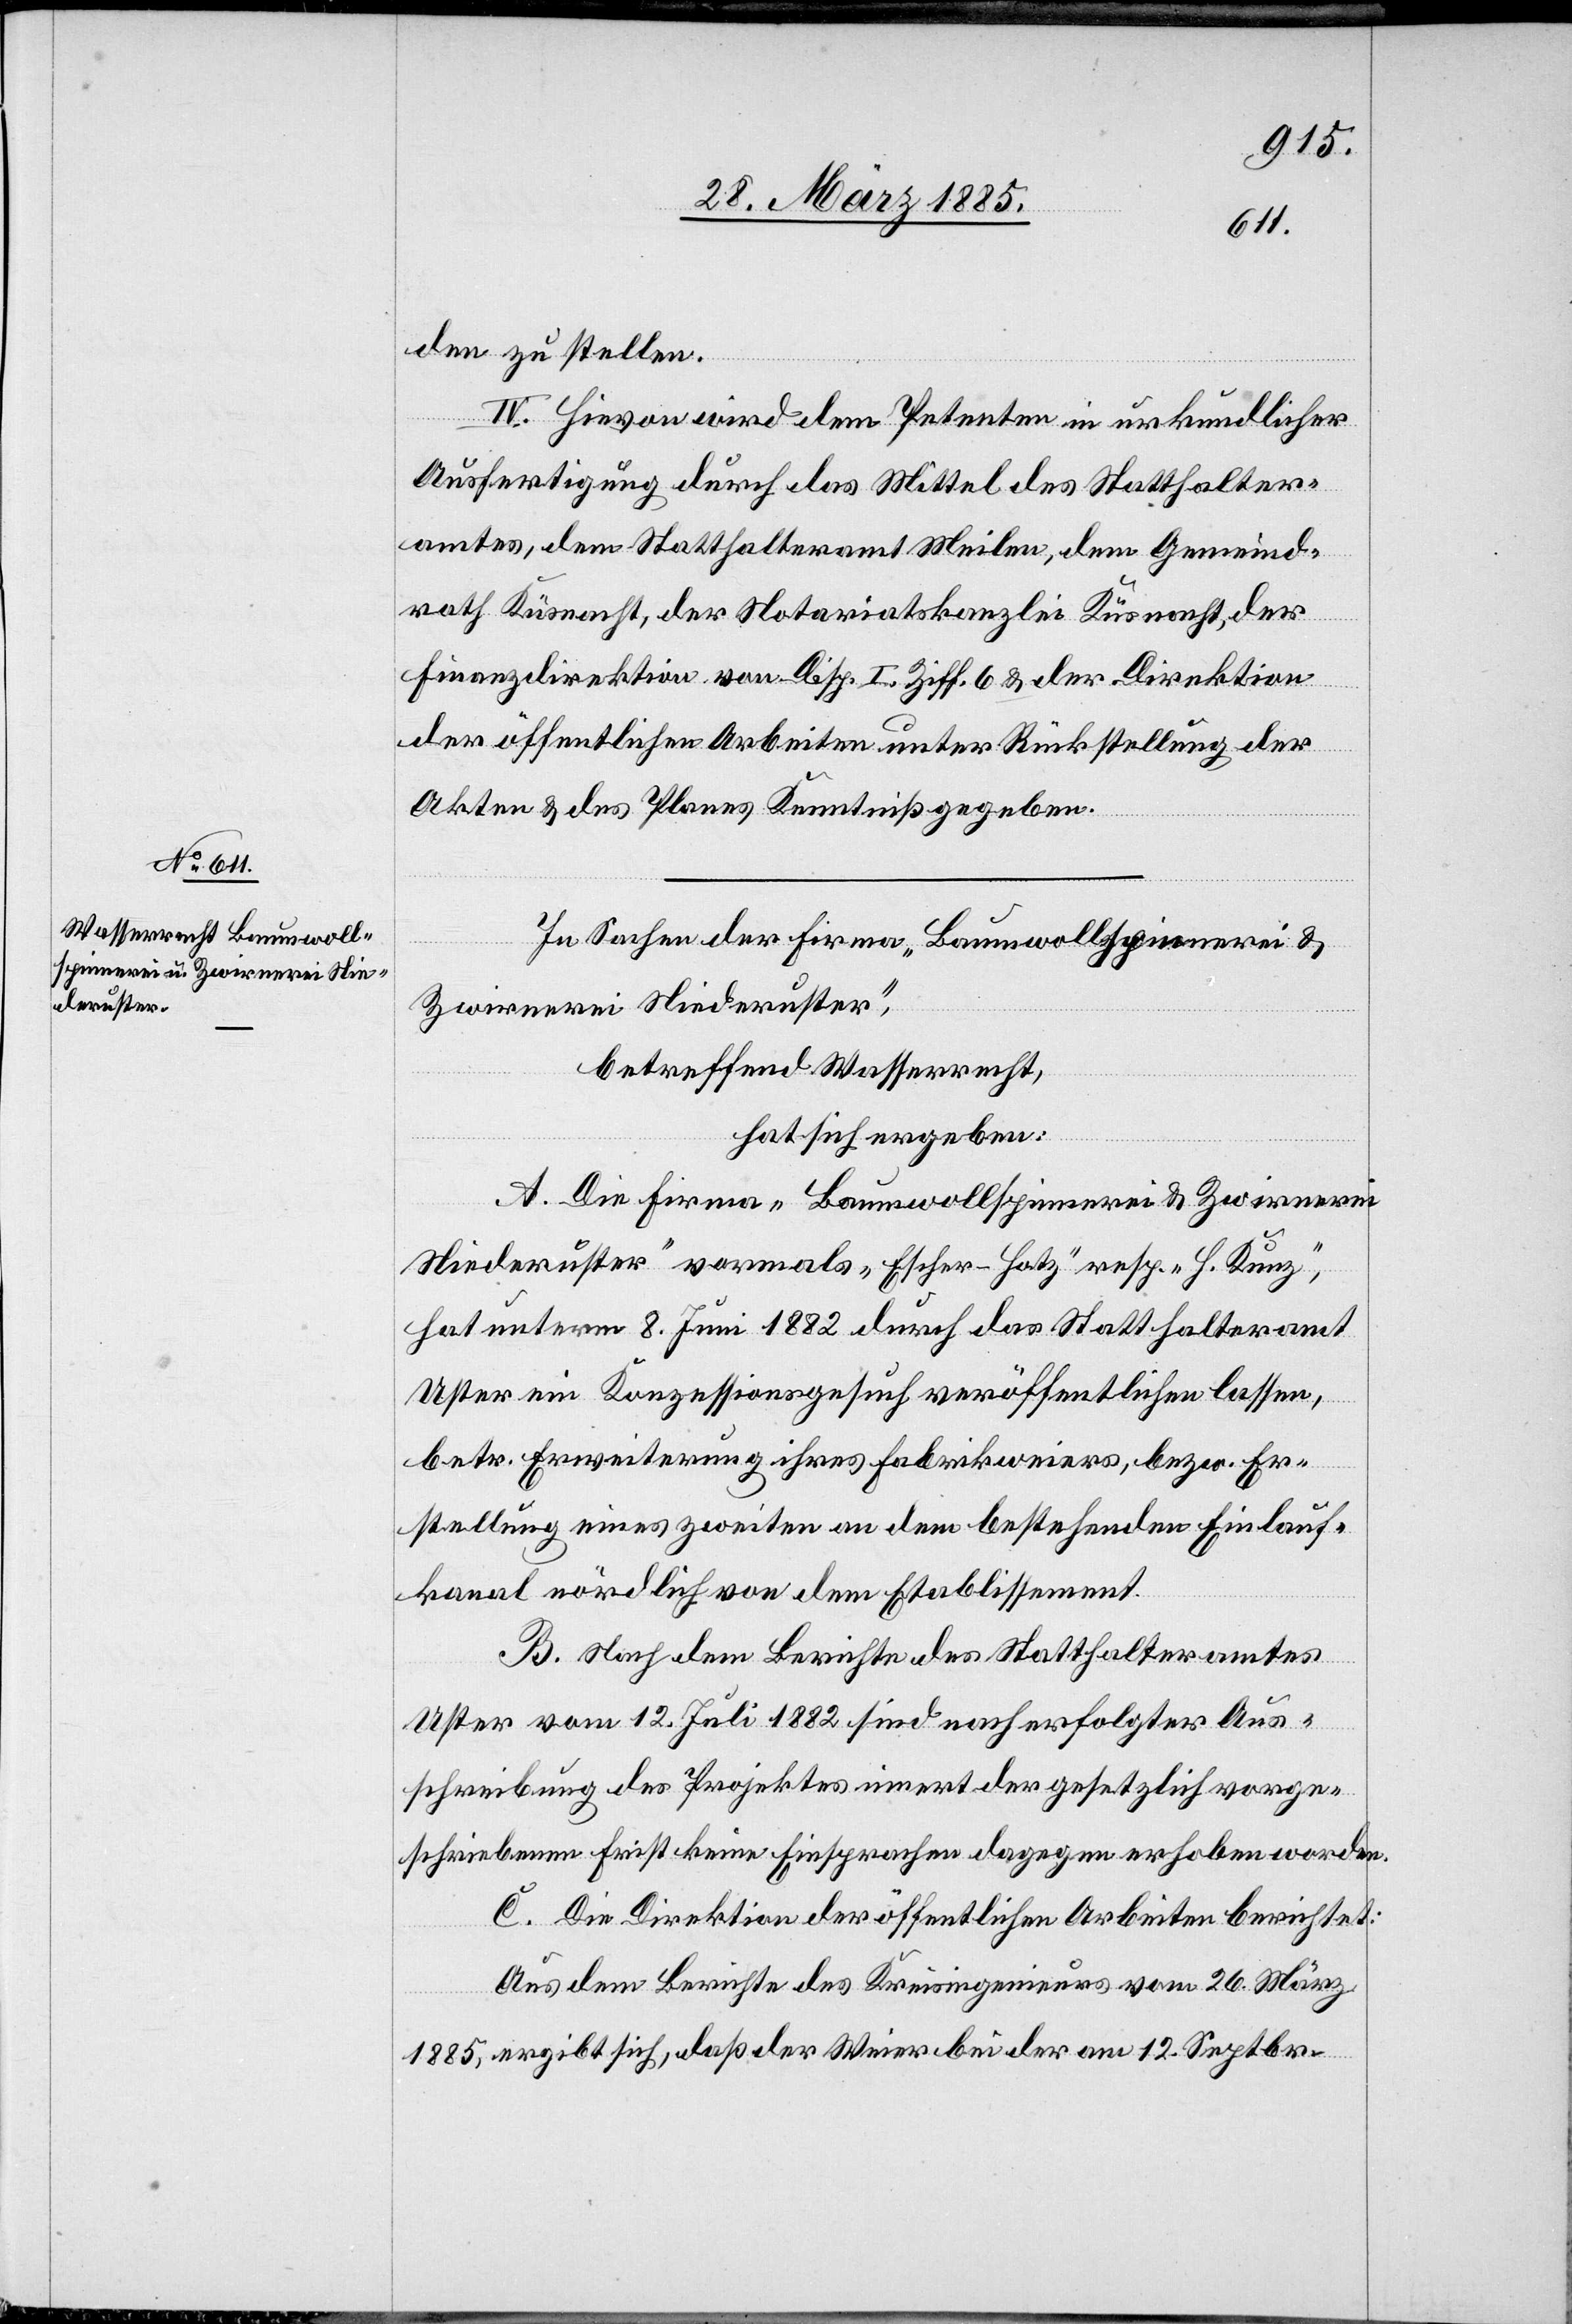
den zu stellen.
IV. Hievon wird dem Petenten in urkundlicher
Ausfertigung durch das Mittel des Statthalter¬
amtes, dem Statthalteramt Meilen, dem Gemeind¬
rath Küsnacht, der Notariatskanzlei Küsnacht, der
Finanzdirektion von Disp. I Ziff. 6 & der Direktion
der öffentlichen Arbeiten unter Rückstellung der
Akten & des Planes Kenntniß gegeben.
In Sachen der Firma „Baumwollspinnerei &
Zwirnerei Niederuster“,
betreffend Wasserrecht,
hat sich ergeben:
A. Die Firma „Baumwollspinnerei & Zwirnerei
Niederuster“ vormals „Escher-Hotz“ resp. „H. Kunz“,
hat unterm 8. Juni 1882 durch das Statthalteramt
Uster ein Konzessionsgesuch veröffentlichen lassen,
betr. Erweiterung ihres Fabrikweiers, bezw. Er¬
stellung eines zweiten an dem bestehenden Einlauf¬
kanal nördlich von dem Etablissement.
B. Nach dem Berichte des Statthalteramtes
Uster vom 12. Juli 1882 sind nach erfolgter Aus¬
schreibung des Projektes innert der gesetzlich vorge¬
schriebenen Frist keine Einsprachen dagegen erhoben worden.
C. Die Direktion der öffentlichen Arbeiten berichtet:
Aus dem Berichte des Kreisingenieurs vom 26. März
1885, ergibt sich, daß der Weier bei der am 12. Septbr.